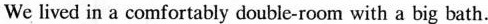
We lived in a comfortably double-room with a big bath.